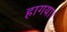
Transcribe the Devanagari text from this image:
हागया।